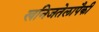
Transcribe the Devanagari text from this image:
खनिजतेलापैकी